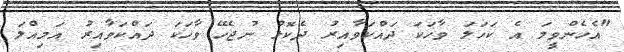
"އެހެންވީމަ އެ ކަހަލަ ވާހަކަ ދައްކަވާއިރު ދެކޮޅު ނުޖެހޭ ވާހަކަ ދައްކަވާއިރު އަމިއްލަ